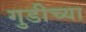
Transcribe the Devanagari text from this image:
गुडीच्या